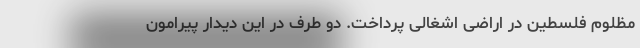
مظلوم فلسطین در اراضی اشغالی پرداخت. دو طرف در این دیدار پیرامون